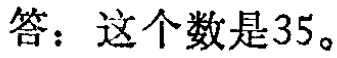
答：这个数是35。